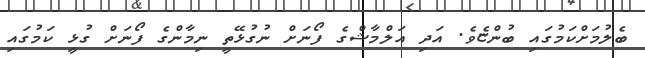
ބެލުމަށްކަމުގައި ބުންޏެވެ. އަދި އަލްމާޝްގެ ފޯނަށް ނުގުޅޭތީ ނިމާންގެ ފޯނަށް ގުޅީ ކަމުގައި